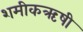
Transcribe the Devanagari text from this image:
शमीकऋषी